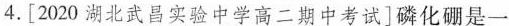
4.[2020湖北武昌实验中学高二期中考试]磷化硼是一